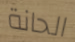
الحانة